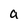
Character: a